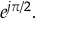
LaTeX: e ^ { j \pi / 2 } .